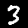
Digit: 3